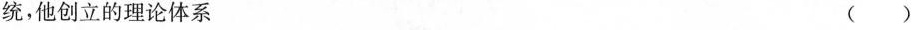
统，他创立的理论体系（）